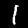
Digit: 1